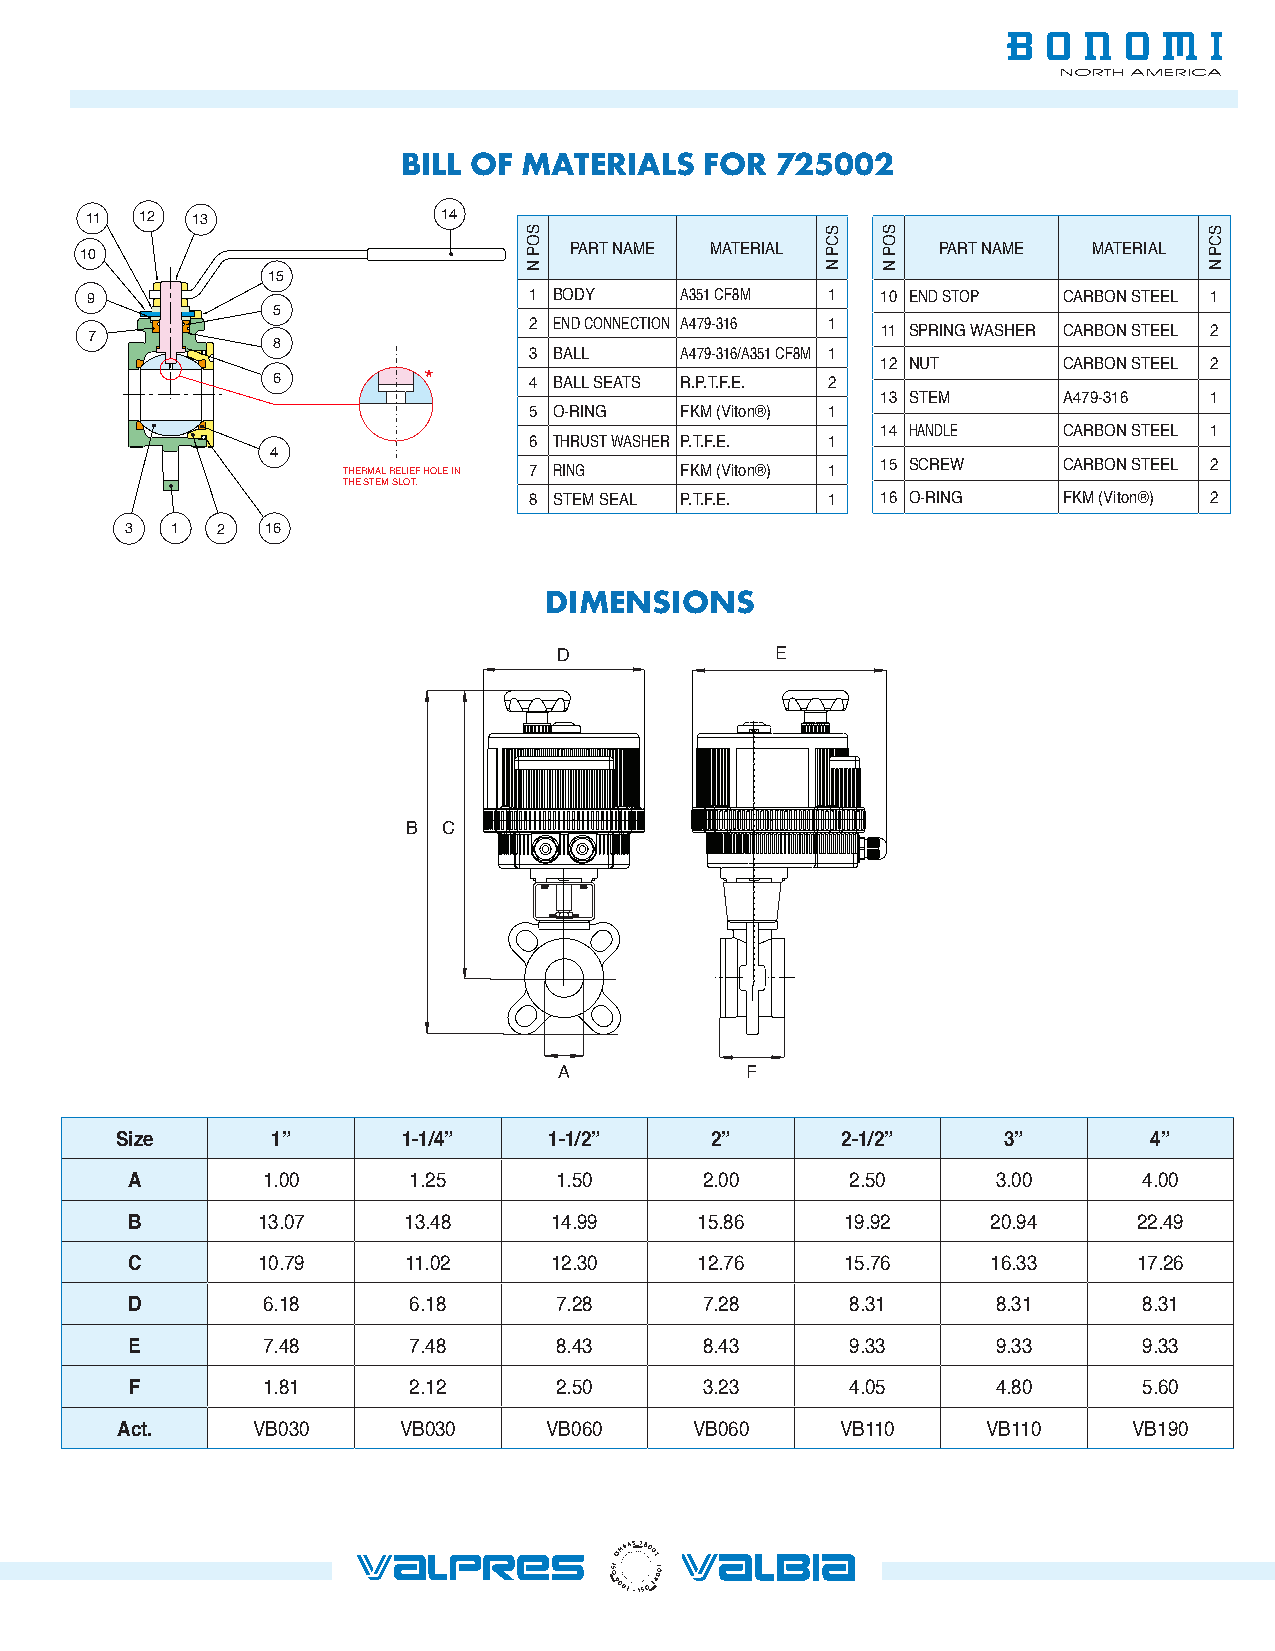
NORTH AMERICA
 BILL OF MATERIALS   FOR 725002
 11 12  13              14
 10                               PART NAME MATERIAL      PART NAME MATERIAL
 15
 9                            1 BODY    A351 CF8M 1  10 END STOP CARBON STEEL 1
 5
 2 END CONNECTION A479-316 1
 7                                                   11 SPRING WASHER CARBON STEEL 2
 8
 3 BALL    A479-316/A351 CF8M 1
 12 NUT      CARBON STEEL 2
 6         *      4 BALL SEATS R.P.T.F.E. 2
 13 STEM     A479-316  1
 5 O-RING  FKM (Viton®) 1
 14 HANDLE   CARBON STEEL 1
 6 THRUST WASHER P.T.F.E. 1
 4
 15 SCREW    CARBON STEEL 2
 THERMAL RELIEF HOLE IN 7 RING FKM (Viton®) 1
 THE STEM SLOT.
 8 STEM SEAL P.T.F.E. 1 16 O-RING   FKM (Viton®) 2
 3  1  2   16
 DIMENSIONS
 D             E
 B C
 A           F
 Size      1”       1-1/4”   1-1/2”     2”       2-1/2”    3”        4”
 A        1.00      1.25      1.50      2.00     2.50      3.00      4.00
 B        13.07     13.48    14.99     15.86     19.92     20.94    22.49
 C        10.79     11.02    12.30     12.76     15.76     16.33    17.26
 D        6.18      6.18      7.28      7.28     8.31      8.31      8.31
 E       7.48      7.48      8.43      8.43     9.33      9.33      9.33
 F       1.81      2.12      2.50      3.23     4.05      4.80      5.60
 Act.     VB030    VB030     VB060     VB060     VB110    VB110     VB190
 SINCE 2004
 SINCE 1993 SINCE 2001
 SOP
 N
 SCP
 N
 SOP
 N
 SCP
 N